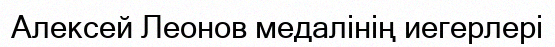
Алексей Леонов медалінің иегерлері